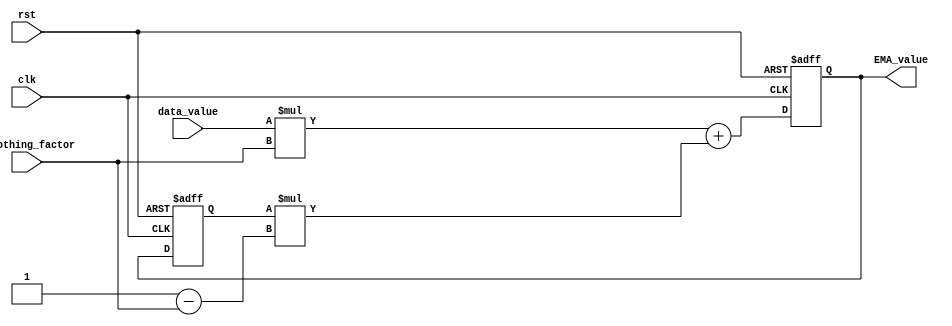
module EMA(
    input wire clk,
    input wire rst,
    input wire [31:0] data_value,
    input wire [31:0] smoothing_factor,
    output reg [31:0] EMA_value
);

reg [31:0] prev_EMA_value;

always @(posedge clk or posedge rst) begin
    if (rst) begin
        EMA_value <= 0; // Initialize EMA value
        prev_EMA_value <= 0;
    end else begin
        EMA_value <= (data_value * smoothing_factor) + (prev_EMA_value * (32'b1 - smoothing_factor)); // Calculate EMA value using formula
        prev_EMA_value <= EMA_value; // Update previous EMA value
    end
end

endmodule